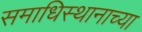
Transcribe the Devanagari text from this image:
समाधिस्थानाच्या